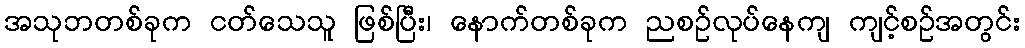
အသုဘတစ်ခုက ငတ်သေသူ ဖြစ်ပြီး၊ နောက်တစ်ခုက ညစဉ်လုပ်နေကျ ကျင့်စဉ်အတွင်း